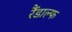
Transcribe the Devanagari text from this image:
रैंडाल्फ